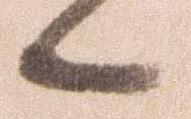
へ